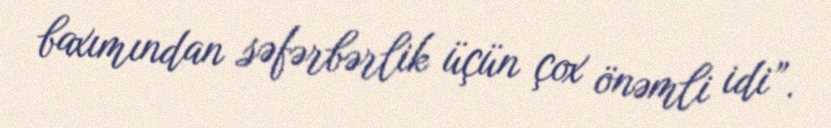
baxımından səfərbərlik üçün çox önəmli idi”.